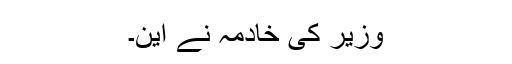
وزیر کی خادمہ نے این۔